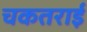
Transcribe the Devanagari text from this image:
चकतराई